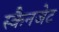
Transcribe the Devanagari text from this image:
स्कैनजेट